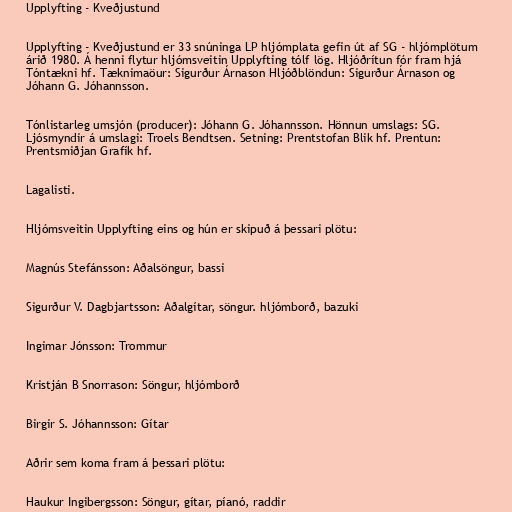
Upplyfting - Kveðjustund

Upplyfting - Kveðjustund er 33 snúninga LP hljómplata gefin út af SG - hljómplötum
árið 1980. Á henni flytur hljómsveitin Upplyfting tólf lög. Hljóðrítun fór fram hjá
Tóntækni hf. Tæknimaöur: Sigurður Árnason Hljóðblöndun: Sigurður Árnason og
Jóhann G. Jóhannsson.

Tónlistarleg umsjón (producer): Jóhann G. Jóhannsson. Hönnun umslags: SG.
Ljósmyndir á umslagi: Troels Bendtsen. Setning: Prentstofan Blik hf. Prentun:
Prentsmiðjan Grafík hf.

Lagalisti.

Hljómsveitin Upplyfting eins og hún er skipuð á þessari plötu:

Magnús Stefánsson: Aðalsöngur, bassi

Sigurður V. Dagbjartsson: Aðalgítar, söngur. hljómborð, bazuki

Ingimar Jónsson: Trommur

Kristján B Snorrason: Söngur, hljómborð

Birgir S. Jóhannsson: Gítar

Aðrir sem koma fram á þessari plötu:

Haukur Ingibergsson: Söngur, gítar, píanó, raddir